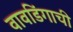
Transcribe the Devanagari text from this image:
वावडिंगाची